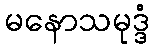
မနောသမုဒ္ဒံ